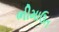
ભીમાઉત